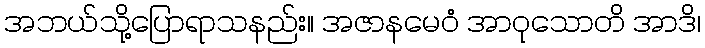
အဘယ်သို့ပြောရာသနည်း။ အဇာနမေဝံ အာဝုသောတိ အာဒိ၊